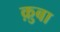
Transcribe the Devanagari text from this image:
क़ुबा